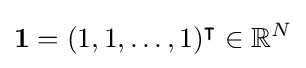
{\boldsymbol {1}}=(1,1,\dots ,1)^{\intercal }\in \mathbb {R} ^{N}